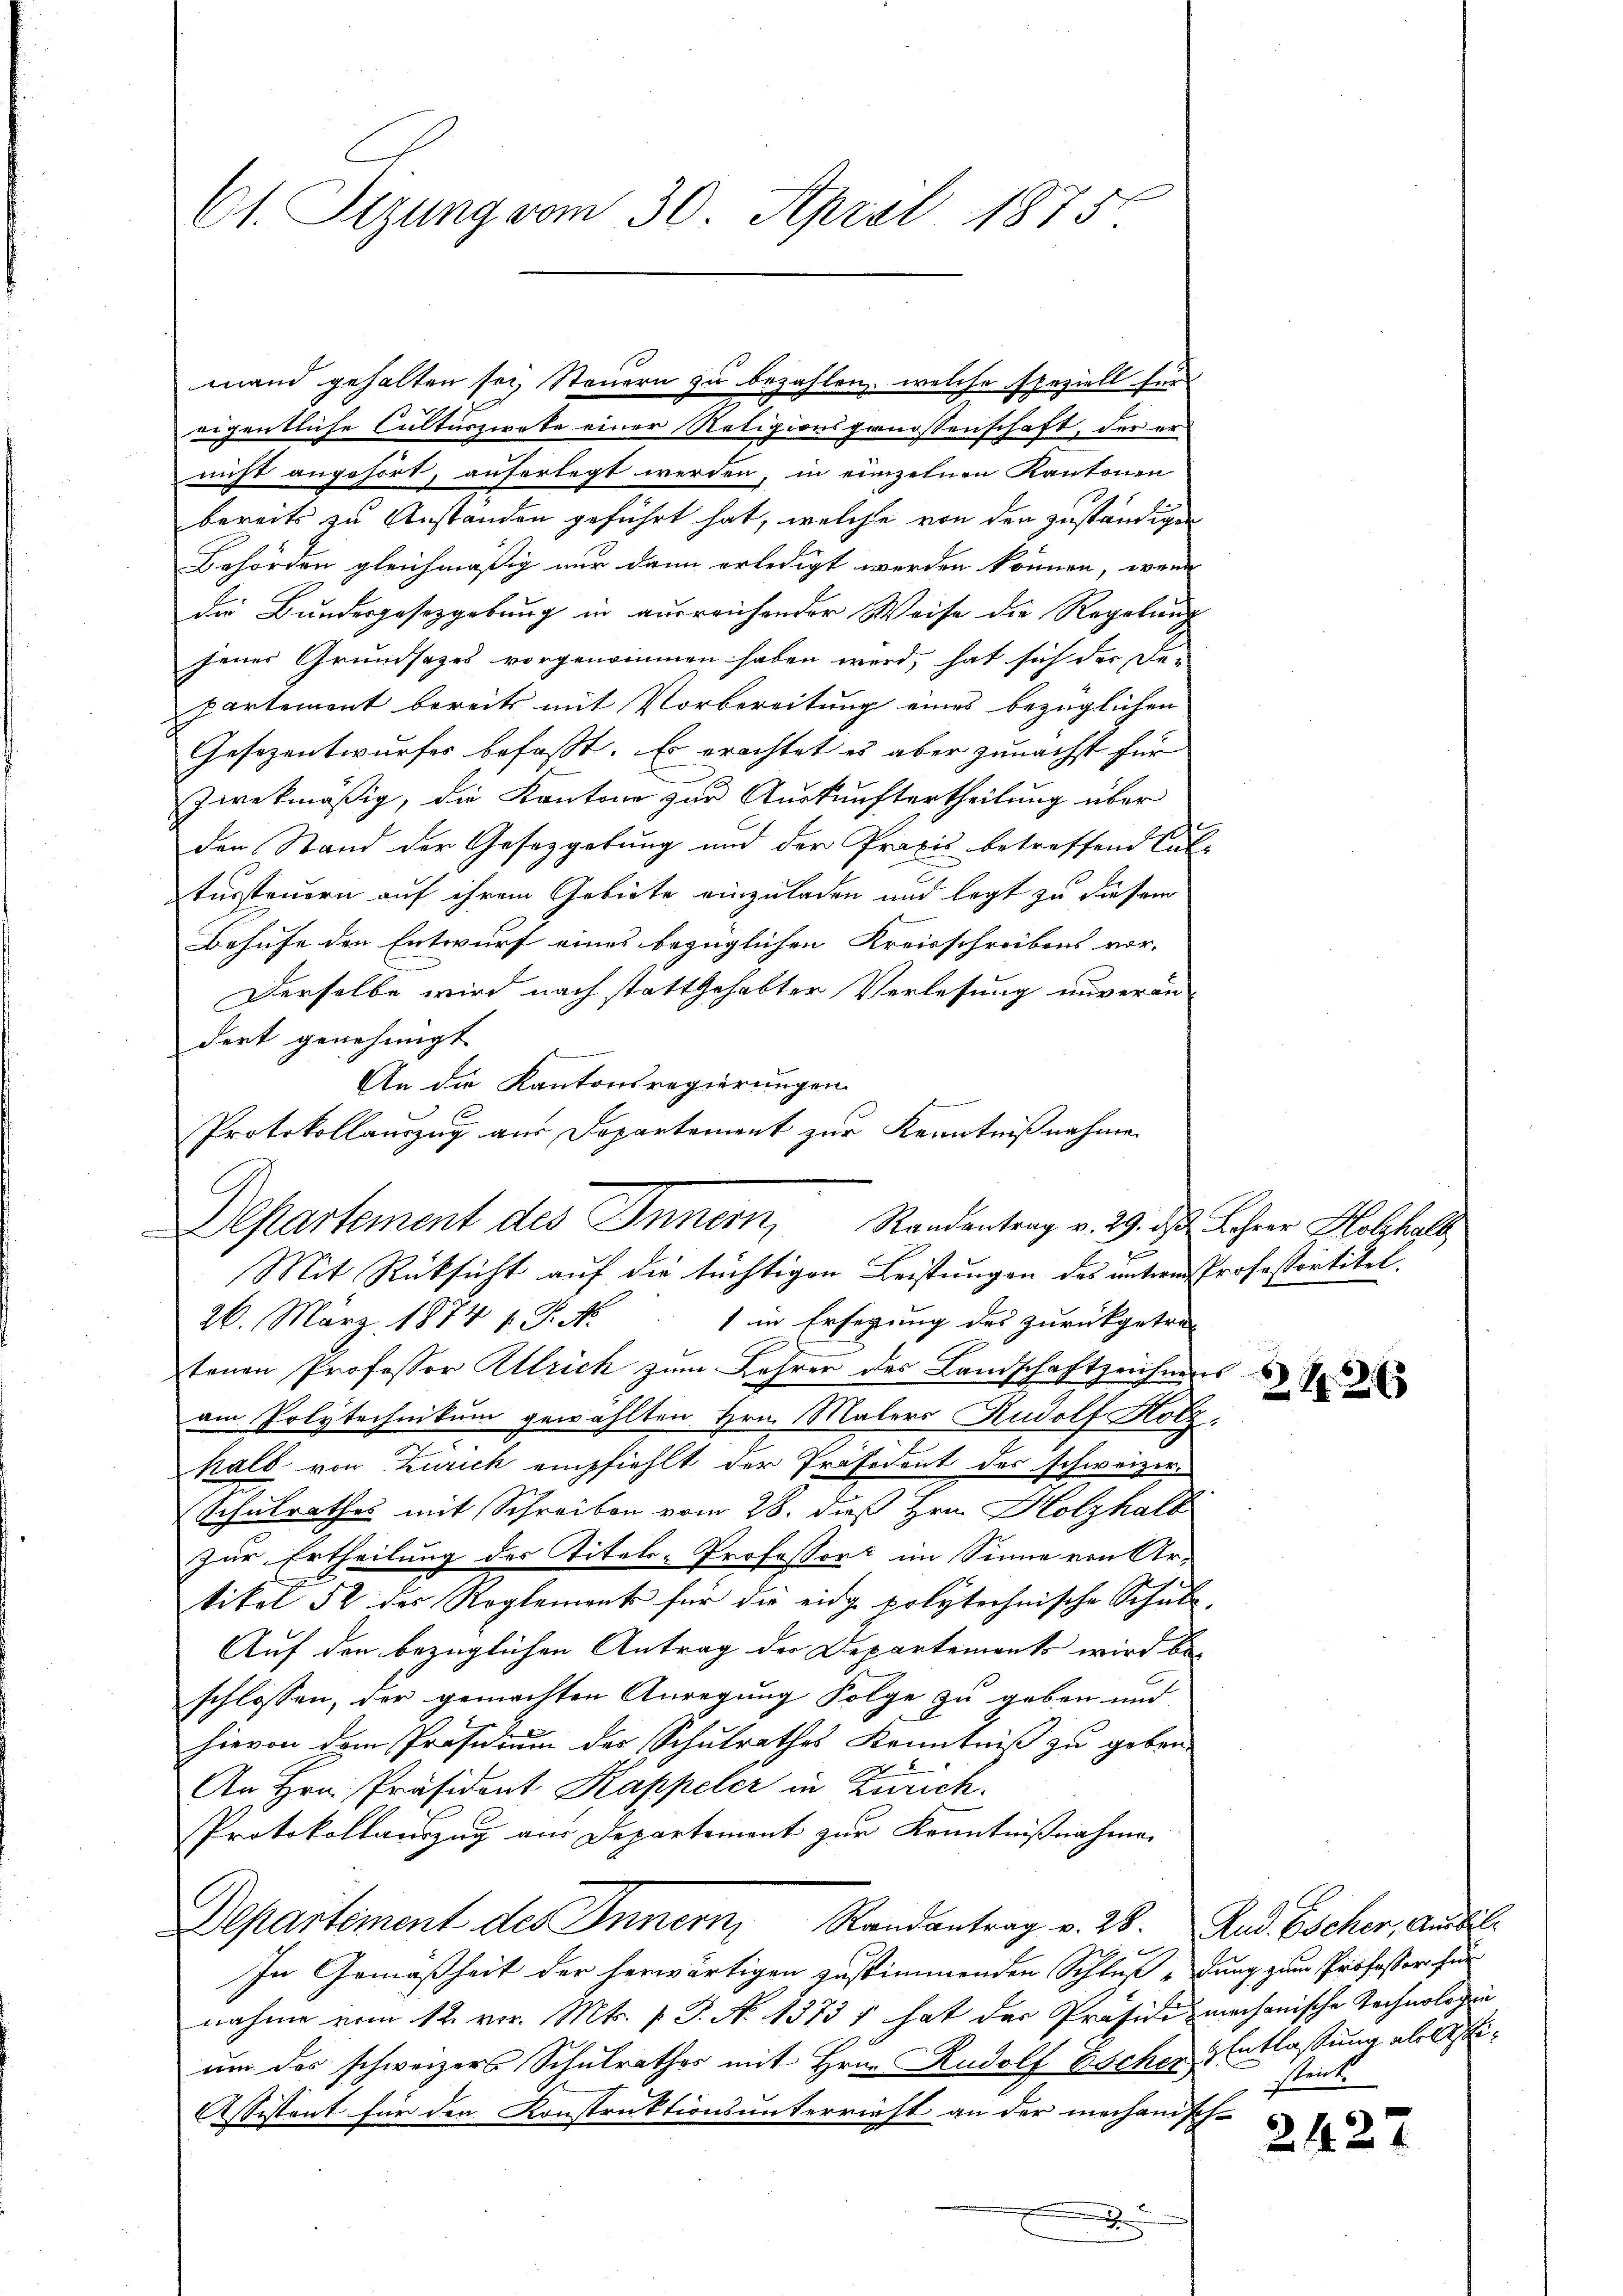
Ct. Tizung vom 30. April 1875.

mand gehalten sei, Steuern zu bezahlen, welche speziell für
eigentliche Culturzweke einer Religionsgenossenschaft, der er
nicht angehört, auferlegt werden; in einzelnen Kantonen
bereits zu Anstanden geführt hat, welche von der zuständigen
Behörden gleichmäßig nur dann erledigt werden können, wenn
die Bundesgesetzgebung in ausreichender Weise die Regelung
jener Grundsatzes vorgenommen haben wird, hat sich der De-
partement bereits mit Vorbereitung eines bezüglichen
Gesezentwurfes befasst. Es erachtet es aber zunächst für
zwekmäßig, die Kantone zur Auskunftertheilung über
den Stand der Gesetzgebung und der Praxis betreffend Calussteuern auf ihrem Gebiete einzuladen und legt zu diesem
Behufe den Entwurf eines bezüglichen Kreisschreibens vor-
Derselbe wird nach stattgehabter Verlesung unverän-
dert genehmigt
An die Kantonsregierungen
Protokollauszug aus Departement zur Kenntnißnahme
:
Mit Rücksicht auf die tüchtigen Leistungen des intern Professortitel.
26. März 1874 f. P. Nr. 1 in Ersegung des zurückgetre-
tenen Professor Ulrich zum Lehrer des Landschaftzeichnens
am Polytechnikum gewählten Hrn. Malers Rudolf Holz
halb von Zürich empfiehlt der Präsident des schweizer¬
Schulrathes mit Schreiben vom 28. dieß Hrn. Holzhalb
zur Ertheilung der Titels-Professort im Sinne von Artikel 52 des Reglement für die eidg polytechnische Schule.
Auf den bezüglichen Antrag der Departements wird be-
schlossen, der gemachten Anregung Folge zu geben und
hievon dem Präsidium des Schulrathes Kenntniß zu geben.
An Hrn. Präsident Kappeler in Zürich.
Protokollauszug aus Departement zur Kenntnißnahme.
Departement des Innern Randantrag v. 28. Rud. Escher, Ausl
In Gemäßheit der herwärtigen zustimmenden Schluß dung zum Professor für
nahme vom 12. vor. Mts. v. J. No. 4373 hat der Präsidizmechanische Technologie
um des schweizers Schulrathes mit Hrn. Rudolf Escher Entlassung ablästi¬
Assistent für den Konstruktionsunterrieft an der mechanisch-

Departement des Innern, Randentrag v. 29. des Lehrer Holzhalb

42 x

strick.

2427